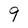
Character: 9